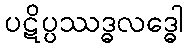
ပဋိပ္ပဿဒ္ဓလဒ္ဓေါ